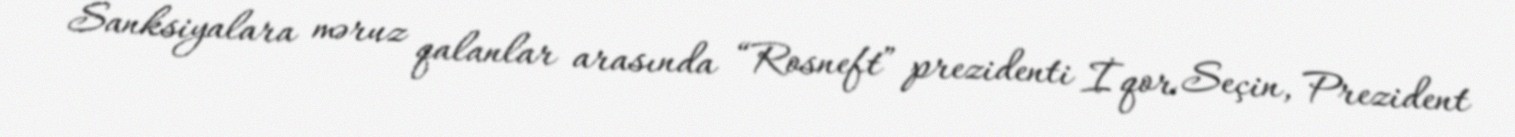
Sanksiyalara məruz qalanlar arasında “Rosneft” prezidenti İqor Seçin, Prezident